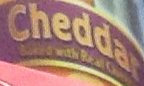
Cheddar